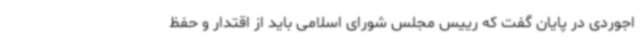
اجوردی در پایان گفت که رییس مجلس شورای اسلامی باید از اقتدار و حفظ